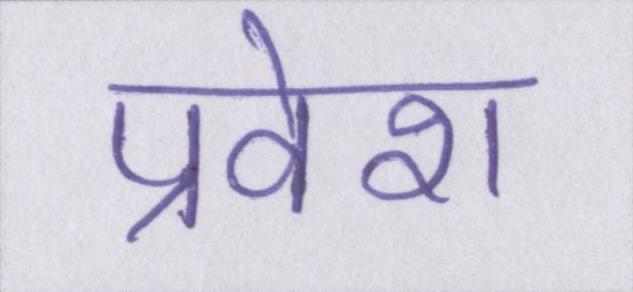
प्रवेश